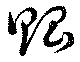
貽